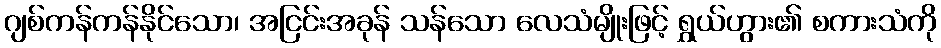
ဂျစ်ကန်ကန်နိုင်သော၊ အငြင်းအခုန် သန်သော လေသံမျိုးဖြင့် ရွှယ်ဟွား၏ စကားသံကို